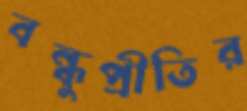
বন্ধুপ্রীতির